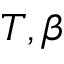
T , \beta